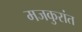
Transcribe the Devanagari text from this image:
मजकुरांत